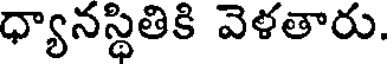
ధ్యానస్థితికి వెళతారు.